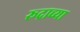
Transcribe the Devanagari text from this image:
रूद्राच्या